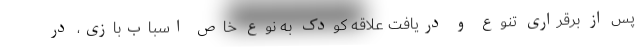
پس از برقراری تنوع و دریافت علاقه کودک به نوع خاص اسباب‌بازی، در